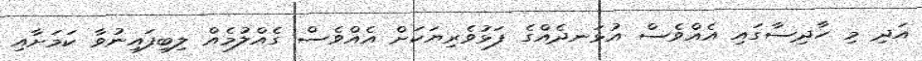
އަދި މި ހާދިސާގައި އެއްވެސް އުޅަނދެއްގެ ފަޅުވެރިޔަކަށް އެއްވެސް ގެއްލުމެއް ލިބިފައިނުވާ ކަމަށާއި